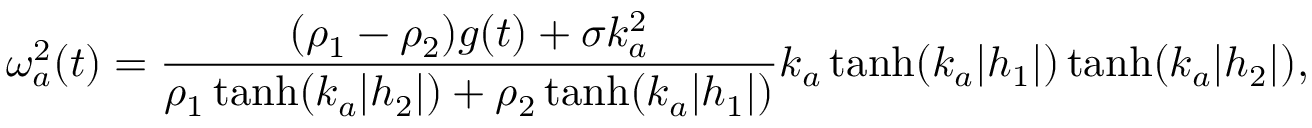
\omega _ { a } ^ { 2 } ( t ) = \frac { ( \rho _ { 1 } - \rho _ { 2 } ) g ( t ) + \sigma k _ { a } ^ { 2 } } { \rho _ { 1 } \operatorname { t a n h } ( k _ { a } | h _ { 2 } | ) + \rho _ { 2 } \operatorname { t a n h } ( k _ { a } | h _ { 1 } | ) } k _ { a } \operatorname { t a n h } ( k _ { a } | h _ { 1 } | ) \operatorname { t a n h } ( k _ { a } | h _ { 2 } | ) ,